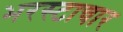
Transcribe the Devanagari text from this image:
भरस्टाचार